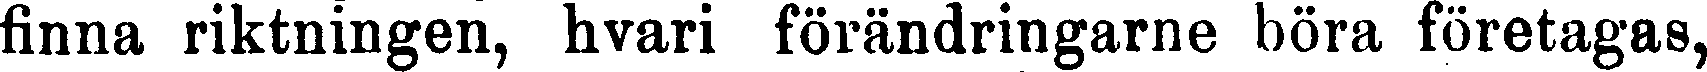
finna riktningen, hvari förändringarne böra företagas,